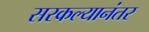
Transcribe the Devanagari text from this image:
सरकल्यानंतर